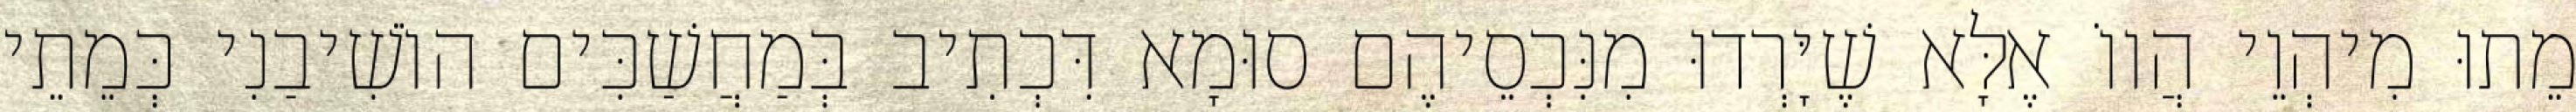
מֵתוּ מִיהְוֵי הֲווֹ אֶלָּא שֶׁיָּרְדוּ מִנִּכְסֵיהֶם סוּמָא דִּכְתִיב בְּמַחֲשַׁכִּים הוֹשִׁיבַנִי כְּמֵתֵי